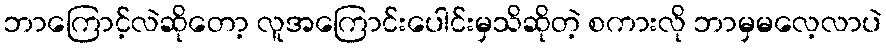
ဘာကြောင့်လဲဆိုတော့ လူအကြောင်းပေါင်းမှသိဆိုတဲ့ စကားလို ဘာမှမလေ့လာပဲ